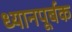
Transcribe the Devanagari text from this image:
ध्यानपूर्बक